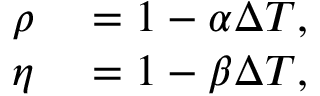
\begin{array} { r l } { \rho } & { { } = 1 - \alpha \Delta T , } \\ { \eta } & { { } = 1 - \beta \Delta T , } \end{array}